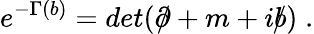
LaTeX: e^{-\Gamma(b)}=det(\partial\! \! \! /+m+ib\! \! \! /)\; .